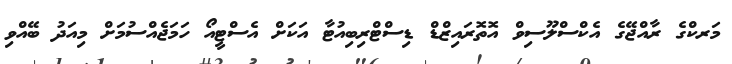
މަރކްގެ ރާއްޖޭގެ އެކްސްލޫސިވް އޮތޮރައިޒްޑް ޑިސްޓްރިބިއުޓާ އަކަށް އެސްޓީއޯ ހަމަޖެއްސުމަށް މިއަދު ބޭއްވި